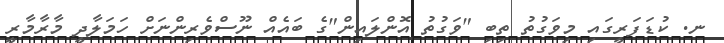
ނ. ކުޑަފަރީގައި މިވަގުތު ތިބި "ވަގުތު އޮންލައިން"ގެ ބައެއް ނޫސްވެރިންނަށް ހަމަލާދީ މާރާމާރީ